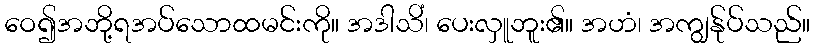
ဝေ၍အဘို့ရအပ်သောထမင်းကို။ အဒါသိံ၊ ပေးလှူဘူး၏။ အဟံ၊ အကျွန်ုပ်သည်။